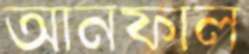
আনফাল